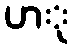
ပာု